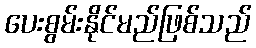
ပေးစွမ်းနိုင်မည်ဖြစ်သည်